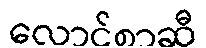
လောင်စာဆီ